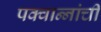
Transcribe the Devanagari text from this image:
पक्वान्‍नांची